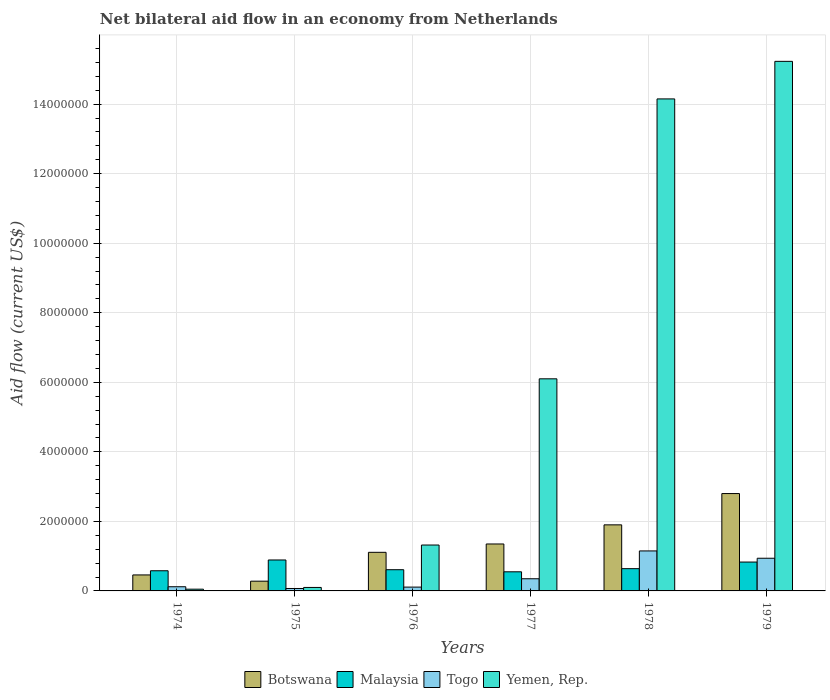
| Years | Botswana | Malaysia | Togo | Yemen, Rep. |
 | --- | --- | --- | --- | --- |
 | 1974 | 4.6e+05 | 5.8e+05 | 1.2e+05 | 5e+04 |
 | 1975 | 2.8e+05 | 8.9e+05 | 7e+04 | 1e+05 |
 | 1976 | 1.11e+06 | 6.1e+05 | 1.1e+05 | 1.32e+06 |
 | 1977 | 1.35e+06 | 5.5e+05 | 3.5e+05 | 6.1e+06 |
 | 1978 | 1.9e+06 | 6.4e+05 | 1.15e+06 | 1.42e+07 |
 | 1979 | 2.8e+06 | 8.3e+05 | 9.4e+05 | 1.52e+07 |